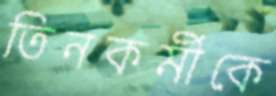
তিনকর্মীকে